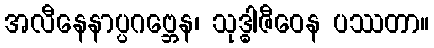
အလီနေနာပ္ပဂဗ္ဘေန၊ သုဒ္ဓါဇီဝေန ပဿတာ။